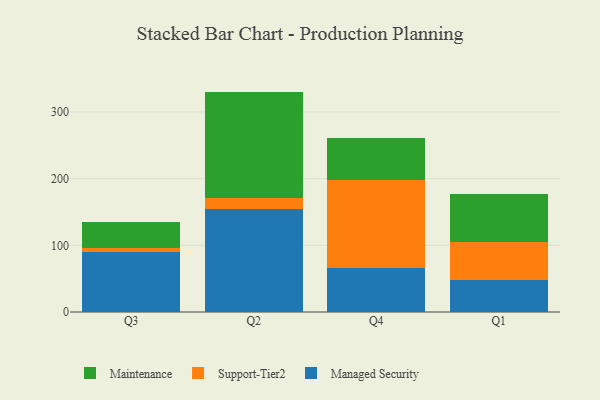
{"axis": {"x": "Quarter", "y": "LTV (USD)"}, "legend": ["Maintenance", "Managed Security", "Support-Tier2"], "data": [{"x": "Q3", "y": 90.6, "type": "Managed Security"}, {"x": "Q3", "y": 5.9, "type": "Support-Tier2"}, {"x": "Q3", "y": 39.1, "type": "Maintenance"}, {"x": "Q2", "y": 155.1, "type": "Managed Security"}, {"x": "Q2", "y": 16.6, "type": "Support-Tier2"}, {"x": "Q2", "y": 158.8, "type": "Maintenance"}, {"x": "Q4", "y": 66.5, "type": "Managed Security"}, {"x": "Q4", "y": 131.5, "type": "Support-Tier2"}, {"x": "Q4", "y": 62.4, "type": "Maintenance"}, {"x": "Q1", "y": 48.3, "type": "Managed Security"}, {"x": "Q1", "y": 57.4, "type": "Support-Tier2"}, {"x": "Q1", "y": 71.1, "type": "Maintenance"}]}